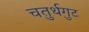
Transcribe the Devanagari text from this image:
चतुर्थगुट